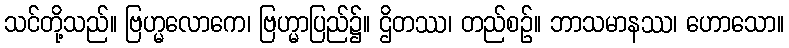
သင်တို့သည်။ ဗြဟ္မလောကေ၊ ဗြဟ္မာပြည်၌။ ဌိတဿ၊ တည်စဉ်။ ဘာသမာနဿ၊ ဟောသော။